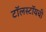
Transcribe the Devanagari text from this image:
टॉलस्टॉयची